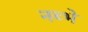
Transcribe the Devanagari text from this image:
नब्भे